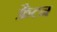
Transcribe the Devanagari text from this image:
फ्रैटन